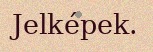
Jelképek.